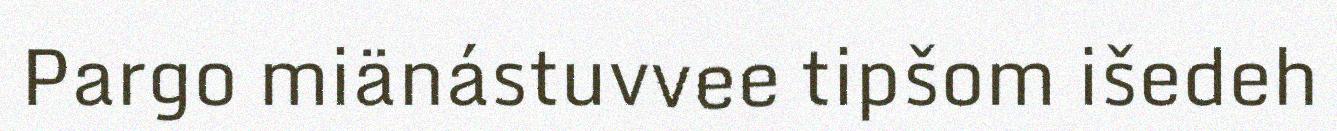
Pargo miänástuvvee tipšom išedeh